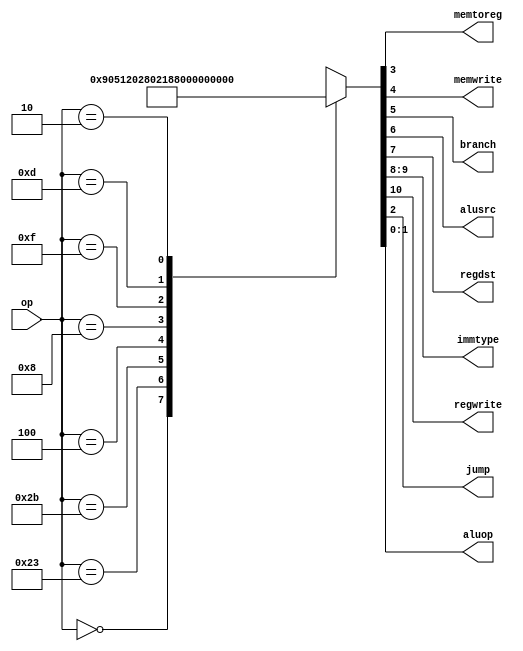
/*
 * From D. M. Harris and S. L. Harris, "Digital Design and Computer Architecture"
 */
`timescale 1ns / 1ps
module maindec(
    input [5:0] op,
    output memtoreg,
    output memwrite,
    output branch,
    output alusrc,
    output regdst,
    output [1:0] immtype,
    output regwrite,
    output jump,
    output [1:0] aluop
    );

   reg [10:0] 	 controls;

   assign { regwrite, immtype, regdst, alusrc, branch, memwrite,
	    memtoreg, jump, aluop } = controls;

   always @ (*)
     case (op)
       6'b000000: controls <= 11'b10010000010; //Rtype
       6'b100011: controls <= 11'b10001001000; //LW
       6'b101011: controls <= 11'b00001010000; //SW
       6'b000100: controls <= 11'b00000100001; //BEQ
       6'b001000: controls <= 11'b10001000000; //ADDI
       6'b001111: controls <= 11'b11001000011; //LUI
       6'b001101: controls <= 11'b10101000011; //ORI
       6'b000010: controls <= 11'b00000000100; //J
       default:   controls <= 11'bxxxxxxxxxxx; //???
     endcase

endmodule

module aludec(
    input [5:0] funct,
    input [1:0] aluop,
    output reg [2:0] alucontrol
    );

   always @ (*)
     case (aluop)
       2'b00: alucontrol <= 3'b010; // addition
       2'b01: alucontrol <= 3'b110; // subtraction
       2'b11: alucontrol <= 3'b001; // or
       default: case (funct) // Rtype (aluop is 10)
		  6'b100000: alucontrol <= 3'b010; //ADD
		  6'b100010: alucontrol <= 3'b110; //SUB
		  6'b100100: alucontrol <= 3'b000; //AND
		  6'b100101: alucontrol <= 3'b001; //OR
		  6'b101010: alucontrol <= 3'b111; //SLT
		  default:   alucontrol <= 3'bxxx; //???
		endcase
     endcase
endmodule

module controller(
    input [5:0] op,
    input [5:0] funct,
    input zero,
    output memtoreg,
    output memwrite,
    output pcsrc,
    output alusrc,
    output regdst,
    output [1:0] immtype,
    output regwrite,
    output jump,
    output [2:0] alucontrol
    );

   wire [1:0] 	 aluop;
   wire 	 branch;

   maindec md (op, memtoreg, memwrite, branch, alusrc,
	       regdst, immtype, regwrite, jump, aluop);
   aludec ad (funct, aluop, alucontrol);

   assign pcsrc = branch & zero;
endmodule

module testcont;
   reg [5:0] op;
   reg [5:0] funct;
   reg 	     zero;
   wire      memtoreg, memwrite, pcsrc, alusrc, regdst, regwrite, jump;
   wire [1:0] immtype;
   wire [2:0] alucontrol;

   controller ctl(op, funct, zero, memtoreg, memwrite, pcsrc,
		  alusrc, regdst, immtype, regwrite, jump, alucontrol);

   initial begin
      $dumpfile("testcont.vcd");
      $dumpvars(0, testcont);
      zero = 0; op = 0; funct = 6'b101010; #1
      op = 'h2b; #1
      op = 'h04; #1
      op = 'h08; #1
      op = 'h02; #1
      $finish;
   end
endmodule // testcont